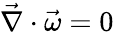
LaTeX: \vec{\nabla}\cdot\vec{\omega}=0